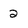
Character: 2